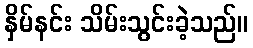
နှိမ်နင်း သိမ်းသွင်းခဲ့သည်။